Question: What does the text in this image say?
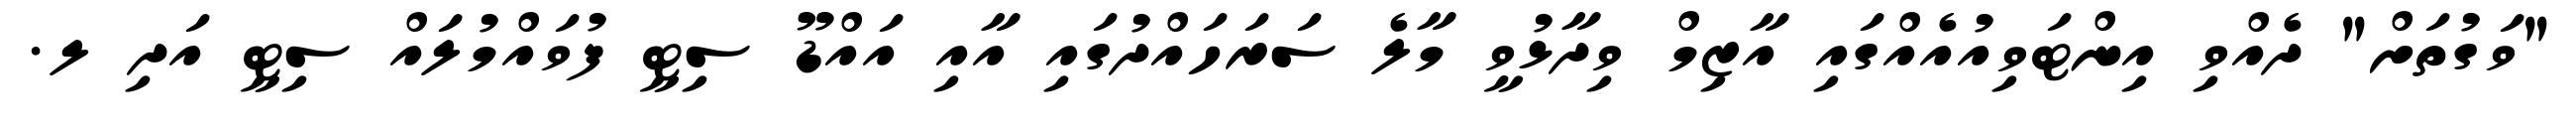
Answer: "ވަގުތަށް" ދެއްވި އިންޓަވިއުއެއްގައި އާޒިމް ވިދާޅުވީ މާލެ ސަރަހައްދުގައި އާއި އައްޑޫ ސިޓީ ފުވައްމުލައް ސިޓީ އަދި ލ.